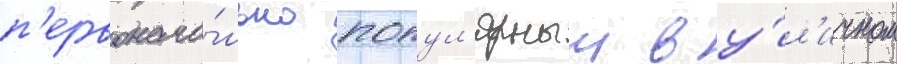
п'ервонача́льно попул'ярныи в у́л'ичном